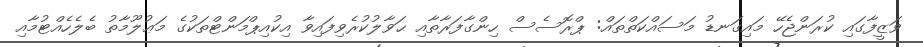
ވަޒީފާގައި ކުރަންޖެހޭ މައިގަނޑު މަސައްކަތްތައް: ޕްރޮސެސް ހިންގާފަރާތާއި ޙަވާލުކުރެވިފައިވާ އިކުއިޕްމަންޓްތަކުގެ މަޢުލޫމާތު ބެލެހެއްޓުމާއި